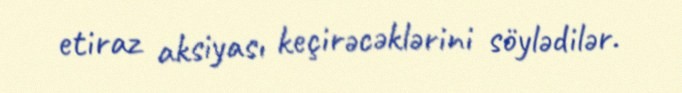
etiraz aksiyası keçirəcəklərini söylədilər.